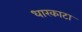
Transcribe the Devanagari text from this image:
धारकाटा